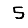
Digit: 5